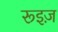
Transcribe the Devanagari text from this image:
रूइज़